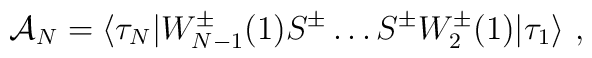
{\cal A}_N=\langle \tau_N|W^\pm_{N-1}(1)S^\pm\ldots S^\pm	W^\pm_2(1)|\tau_1\rangle\ ,